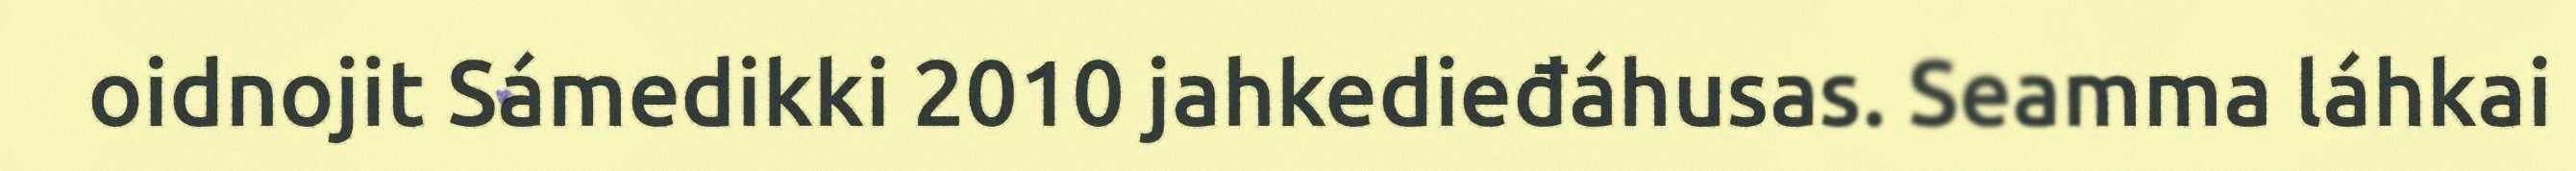
oidnojit Sámedikki 2010 jahkedieđáhusas. Seamma láhkai